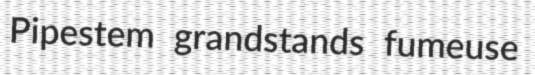
Pipestem grandstands fumeuse